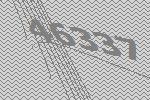
46337